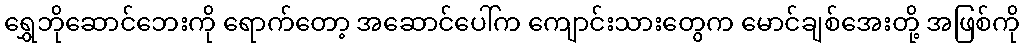
ရွှေဘိုဆောင်ဘေးကို ရောက်တော့ အဆောင်ပေါ်က ကျောင်းသားတွေက မောင်ချစ်အေးတို့ အဖြစ်ကို